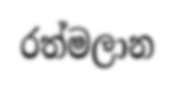
රත්මලාන